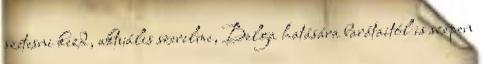
szétesni kezd, aktuális szerelme, Belga hatására barátaitól is szépen